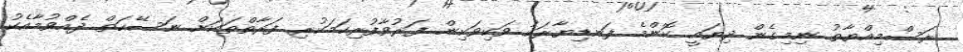
ރަސްމިއްޔާތު ނިމިގެން ދިޔައީ ކޮންމެ ފަނޑިޔާރަކު ވަކިވަކިން ފަރުވާފުރިހަމަކުރި ފަރާތްތަކަށް ނަސޭހަތް ދެއްވުމާއެކު